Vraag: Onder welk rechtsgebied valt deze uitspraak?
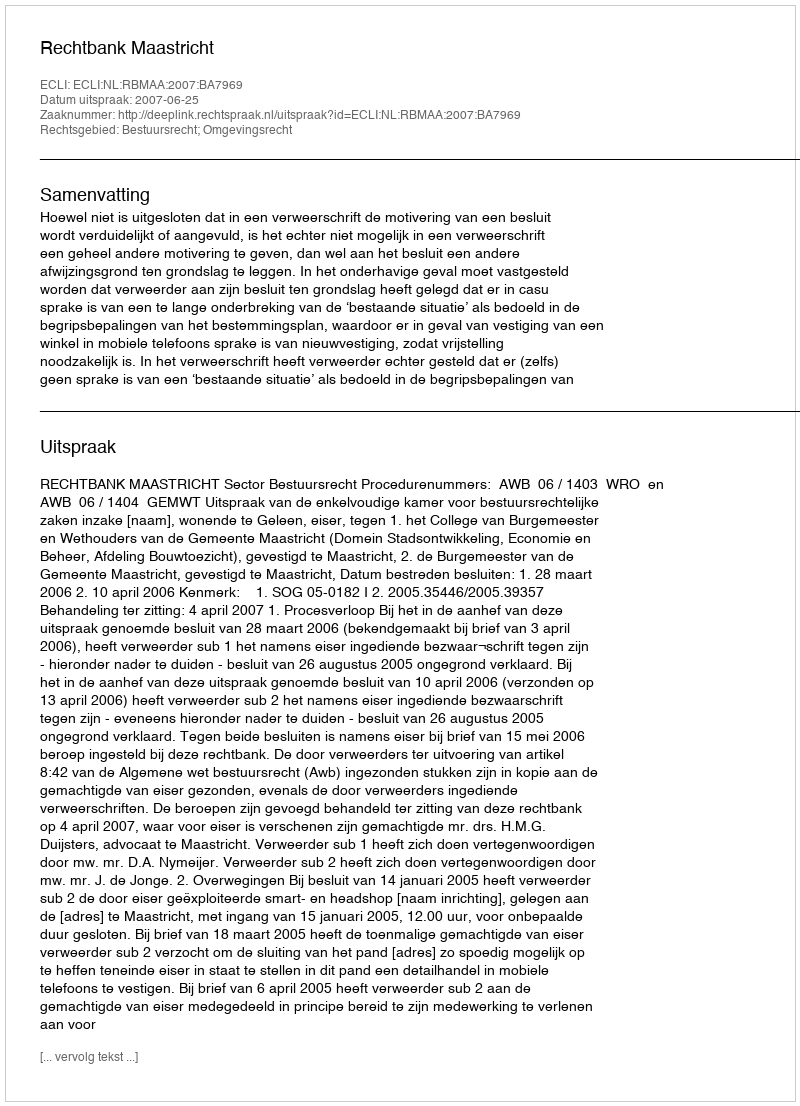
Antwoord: Bestuursrecht; Omgevingsrecht